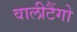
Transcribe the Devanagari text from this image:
वालीटैंगो